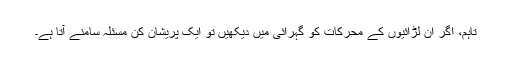
تاہم، اگر ان لڑائیوں کے محرکات کو گہرائی میں دیکھیں تو ایک پریشان کن مسئلہ سامنے آتا ہے۔